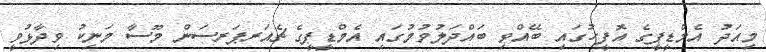
މިއަދު އެމްޑީޕީގެ އޮފީހުގައި ބޭއްވި ބައްދަލުވުމުގައި އެމްޑީޕީގެ ޗެއަރޕަރސަން މޫސާ މަނިކު ވިދާޅުވީ